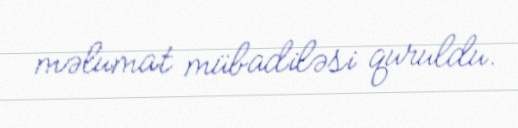
məlumat mübadiləsi quruldu.